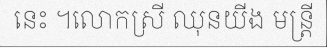
នេះ ។លោកស្រី ឈុនយីង មន្ត្រី